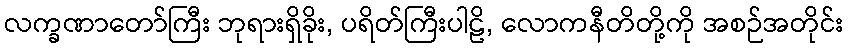
လက္ခဏာတော်ကြီး ဘုရားရှိခိုး, ပရိတ်ကြီးပါဠိ, လောကနီတိတို့ကို အစဉ်အတိုင်း